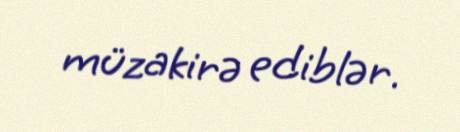
müzakirə ediblər.